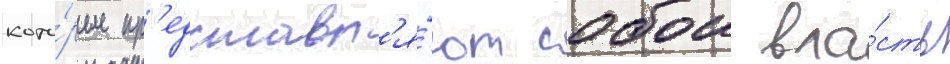
кото́рые пр'едставл'я́ют собои вла́сть